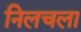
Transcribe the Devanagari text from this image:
निलचला